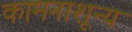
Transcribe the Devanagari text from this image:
कामनाशून्य